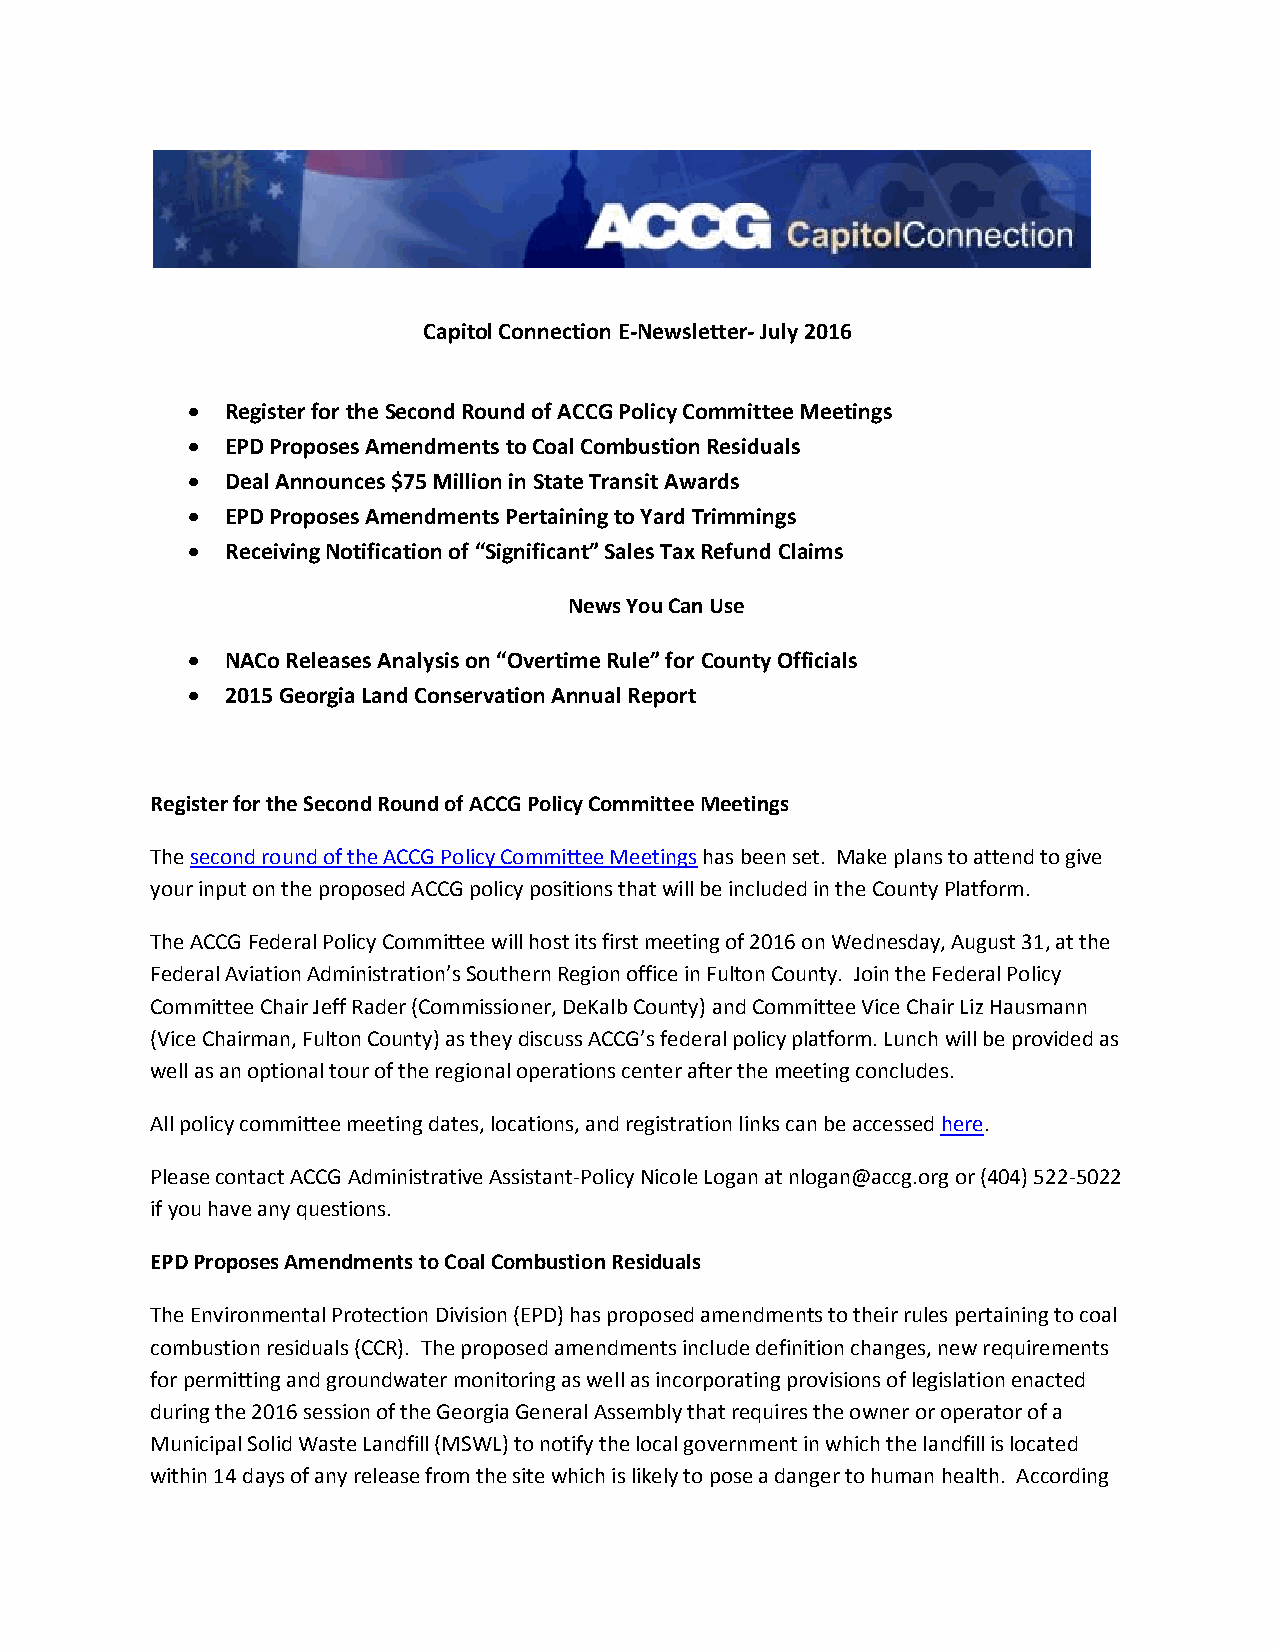
Capitol Connection E-Newsletter- July 2016
   Register for the Second Round of ACCG Policy Committee Meetings
   EPD Proposes Amendments to Coal Combustion Residuals
   Deal Announces $75 Million in State Transit Awards
   EPD Proposes Amendments Pertaining to Yard Trimmings
   Receiving Notification of “Significant” Sales Tax Refund Claims
 News You Can Use
   NACo Releases Analysis on “Overtime Rule” for County Officials
   2015 Georgia Land Conservation Annual Report
 Register for the Second Round of ACCG Policy Committee Meetings
 The second round of the ACCG Policy Committee Meetings has been set. Make plans to attend to give
 your input on the proposed ACCG policy positions that will be included in the County Platform.
 The ACCG Federal Policy Committee will host its first meeting of 2016 on Wednesday, August 31, at the
 Federal Aviation Administration’s Southern Region office in Fulton County. Join the Federal Policy
 Committee Chair Jeff Rader (Commissioner, DeKalb County) and Committee Vice Chair Liz Hausmann
 (Vice Chairman, Fulton County) as they discuss ACCG’s federal policy platform. Lunch will be provided as
 well as an optional tour of the regional operations center after the meeting concludes.
 All policy committee meeting dates, locations, and registration links can be accessed here.
 Please contact ACCG Administrative Assistant-Policy Nicole Logan at nlogan@accg.org or (404) 522-5022
 if you have any questions.
 EPD Proposes Amendments to Coal Combustion Residuals
 The Environmental Protection Division (EPD) has proposed amendments to their rules pertaining to coal
 combustion residuals (CCR). The proposed amendments include definition changes, new requirements
 for permitting and groundwater monitoring as well as incorporating provisions of legislation enacted
 during the 2016 session of the Georgia General Assembly that requires the owner or operator of a
 Municipal Solid Waste Landfill (MSWL) to notify the local government in which the landfill is located
 within 14 days of any release from the site which is likely to pose a danger to human health. According